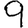
Digit: 9